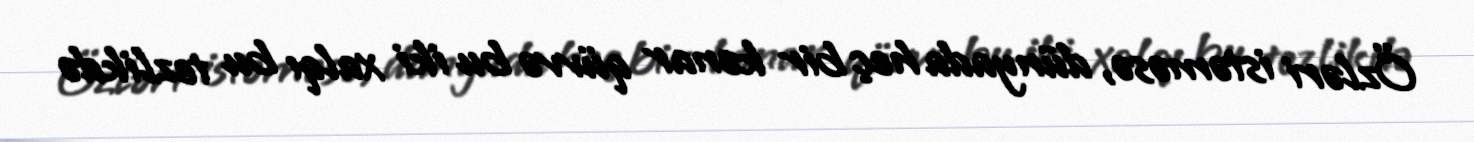
Özləri istəməsə, dünyada heç bir kənar qüvvə bu iki xalqı bu tezlikdə